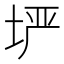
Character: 𫭲